Vaccination report Assam 1874-1896 - 1874-1896
Year: 1874
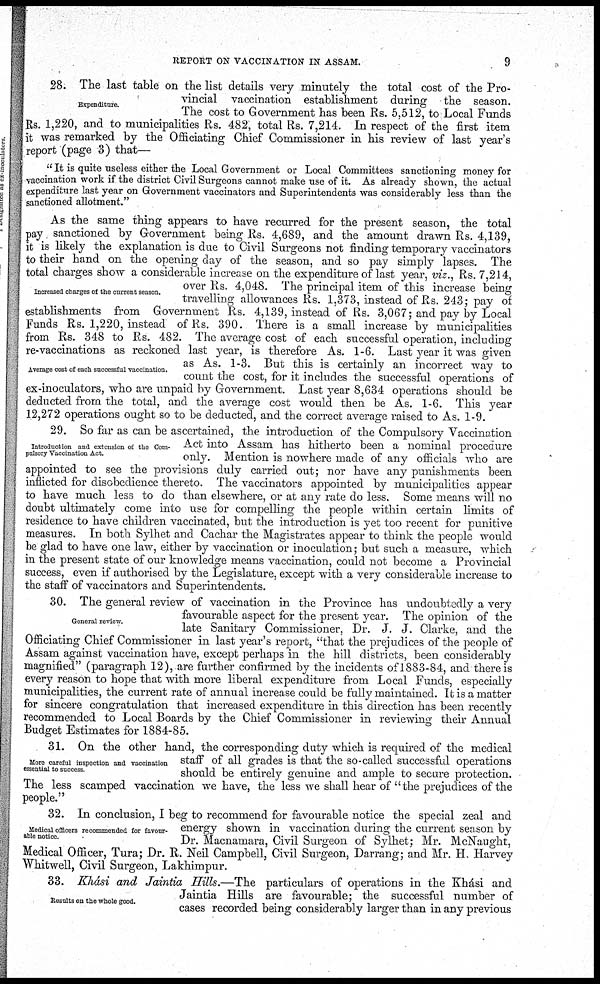
REPORT ON VACCINATION IN ASSAM.
9
Expenditure.
28. The last table on the list details very minutely the total cost of the Pro-
vincial vaccination establishment during the season.
The cost to Government has been Rs. 5,512, to Local Funds
Rs. 1,220, and to municipalities Rs. 482, total Rs. 7,214. In respect of the first item
it was remarked by the Officiating Chief Commissioner in his review of last year's
report (page 3) that—
" It is quite useless either the Local Government or Local Committees sanctioning money for
vaccination work if the district Civil Surgeons cannot make use of it. As already shown, the actual
expenditure last year on Government vaccinators and Superintendents was considerably less than the
sanctioned allotment."
Increased charges of the current season.
Average cost of each successful vaccination.
As the same thing appears to have recurred for the present season, the total
pay sanctioned by Government being Rs. 4,689, and the amount drawn Rs. 4,139,
it is likely the explanation is due to Civil Surgeons not finding temporary vaccinators
to their hand on the opening day of the season, and so pay simply lapses. The
total charges show a considerable increase on the expenditure of last year, viz., Rs. 7,214,
over Rs. 4,048. The principal item of this increase being
travelling allowances Rs. 1,373, instead of Rs. 243; pay of
establishments from Government Rs. 4,139, instead of Rs. 3,067; and pay by Local
Funds Rs. 1,220, instead of Rs. 390. There is a small increase by municipalities
from Rs. 348 to Rs. 482. The average cost of each successful operation, including
re-vaccinations as reckoned last year, is therefore As. 1-6. Last year it was given
as As. 1-3. But this is certainly an incorrect way to
count the cost, for it includes the successful operations of
ex-inoculators, who are unpaid by Government. Last year 8,634 operations should be
deducted from the total, and the average cost would then be As. 1-6. This year
12,272 operations ought so to be deducted, and the correct average raised to As. 1-9.
Introduction and extension of the Com-
pulsory Vaccination Act.
29. So far as can be ascertained, the introduction of the Compulsory Vaccination
Act into Assam has hitherto been a nominal procedure
only. Mention is nowhere made of any officials who are
appointed to see the provisions duly carried out; nor have any punishments been
inflicted for disobedience thereto. The vaccinators appointed by municipalities appear
to have much less to do than elsewhere, or at any rate do less. Some means will no
doubt ultimately come into use for compelling the people within certain limits of
residence to have children vaccinated, but the introduction is yet too recent for punitive
measures. In both Sylhet and Cachar the Magistrates appear to think the people would
be glad to have one law, either by vaccination or inoculation; but such a measure, which
in the present state of our knowledge means vaccination, could not become a Provincial
success, even if authorised by the Legislature, except with a very considerable increase to
the staff of vaccinators and Superintendents.
General review.
30. The general review of vaccination in the Province has undoubtedly a very
favourable aspect for the present year. The opinion of the
late Sanitary Commissioner, Dr. J. J. Clarke, and the
Officiating Chief Commissioner in last year's report, "that the prejudices of the people of
Assam against vaccination have, except perhaps in the hill districts, been considerably
magnified" (paragraph 12), are further confirmed by the incidents of 1883-84, and there is
every reason to hope that with more liberal expenditure from Local Funds, especially
municipalities, the current rate of annual increase could be fully maintained. It is a matter
for sincere congratulation that increased expenditure in this direction has been recently
recommended to Local Boards by the Chief Commissioner in reviewing their Annual
Budget Estimates for 1884-85.
More careful inspection and vaccination
essential to success
31. On the other hand, the corresponding duty which is required of the medical
staff of all grades is that the so-called successful operations
should be entirely genuine and ample to secure protection.
The less scamped vaccination we have, the less we shall hear of "the prejudices of the
people."
Medical officers recommended for favour-
able notice.
32. In conclusion, I beg to recommend for favourable notice the special zeal and
energy shown in vaccination during the current season by
Dr. Macnamara, Civil Surgeon of Sylhet; Mr. McNaught,
Medical Officer, Tura; Dr. R. Neil Campbell, Civil Surgeon, Darrang; and Mr. H. Harvey
Whitwell, Civil Surgeon, Lakhimpur.
Results on the whole good.
33. Khási and Jaintia Hills.—The particulars of operations in the Khási and
Jaintia Hills are favourable; the successful number of
cases recorded being considerably larger than in any previous